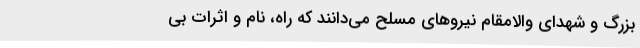
بزرگ و شهدای والامقام نیروهای مسلح می‌دانند که راه، نام و اثرات بی